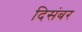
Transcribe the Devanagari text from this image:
दिसंबर